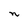
Character: n